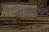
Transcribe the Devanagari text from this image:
मानव्याचें